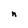
Character: n